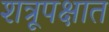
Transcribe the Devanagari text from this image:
शत्रूपक्षात